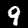
Digit: 9